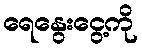
ရေနွေးငွေ့ကို